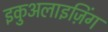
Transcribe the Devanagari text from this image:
इकुअलाइज़िंग